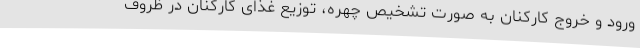
ورود و خروج کارکنان به صورت تشخیص چهره، توزیع غذای کارکنان در ظروف